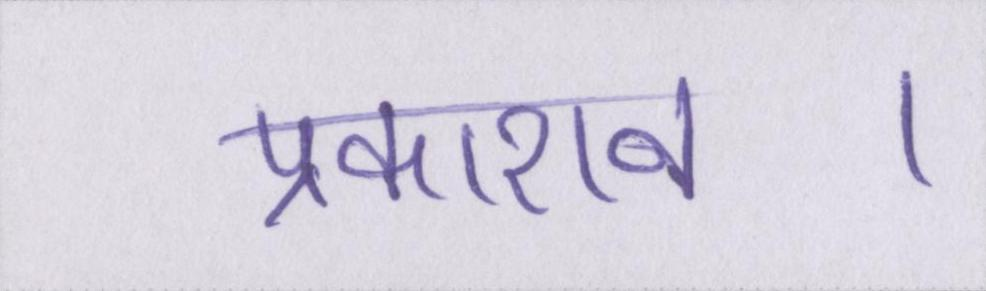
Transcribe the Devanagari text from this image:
प्रकाशन।